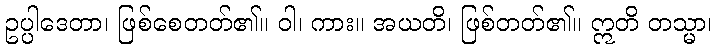
ဥပ္ပါဒေတာ၊ ဖြစ်စေတတ်၏။ ဝါ၊ ကား။ အယတိ၊ ဖြစ်တတ်၏။ ဣတိ တသ္မာ၊